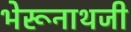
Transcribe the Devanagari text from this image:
भेरूनाथजी